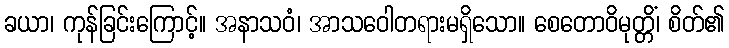
ခယာ၊ ကုန်ခြင်းကြောင့်။ အနာသဝံ၊ အာသဝေါတရားမရှိသော။ စေတောဝိမုတ္တိံ၊ စိတ်၏